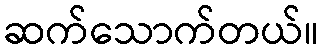
ဆက်သောက်တယ်။